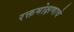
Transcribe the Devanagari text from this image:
रक्तमोक्षणाचे